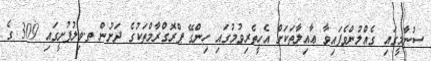
ސުނާމީގައި ގެއްލުންވެފައިވާ ޢާއިލާތަކަށް އެހީތެރިވުމުގައި ހިންގޭ ޕްރޮގްރާމްތަކުގެ ދަށުން ތ.ވިލުފުށީގައި 309 ގެ